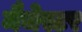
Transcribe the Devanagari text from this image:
मैचेस्टर